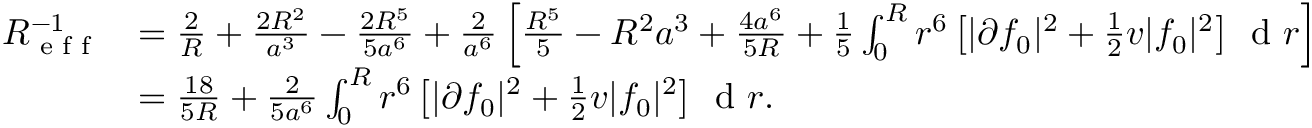
\begin{array} { r l } { R _ { \textnormal { e f f } } ^ { - 1 } } & { = \frac { 2 } { R } + \frac { 2 R ^ { 2 } } { a ^ { 3 } } - \frac { 2 R ^ { 5 } } { 5 a ^ { 6 } } + \frac { 2 } { a ^ { 6 } } \left[ \frac { R ^ { 5 } } { 5 } - R ^ { 2 } a ^ { 3 } + \frac { 4 a ^ { 6 } } { 5 R } + \frac { 1 } { 5 } \int _ { 0 } ^ { R } r ^ { 6 } \left[ | \partial f _ { 0 } | ^ { 2 } + \frac { 1 } { 2 } v | f _ { 0 } | ^ { 2 } \right] \, \textnormal { d } r \right] } \\ & { = \frac { 1 8 } { 5 R } + \frac { 2 } { 5 a ^ { 6 } } \int _ { 0 } ^ { R } r ^ { 6 } \left[ | \partial f _ { 0 } | ^ { 2 } + \frac { 1 } { 2 } v | f _ { 0 } | ^ { 2 } \right] \, \textnormal { d } r . } \end{array}